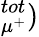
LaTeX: ^{tot}_{\mu^{+}})